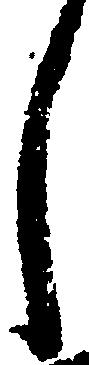
し